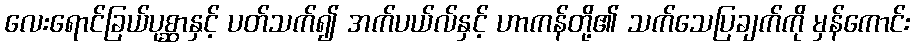
လေးရောင်ခြယ်ပုစ္ဆာနှင့် ပတ်သက်၍ အက်ပယ်လ်နှင့် ဟာကန်တို့၏ သက်သေပြချက်ကို မှန်ကောင်း